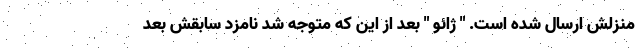
منزلش ارسال شده است. " ژائو " بعد از این که متوجه شد نامزد سابقش بعد